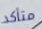
متأكد